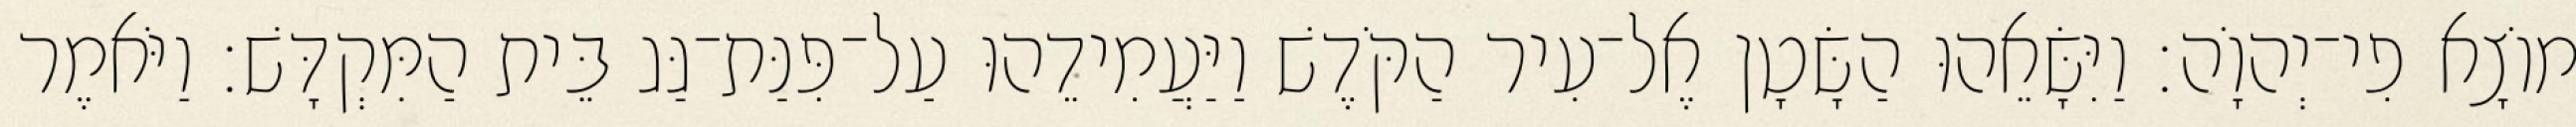
מוֹצָא פִי־יְהוָֹה׃ וַיִּשָּׂאֵהוּ הַשָּׂטָן אֶל־עִיר הַקֹּדֶשׁ וַיַּעֲמִידֵהוּ עַל־פִּנַּת־גַּג בֵּית הַמִּקְדָּשׁ׃ וַיֹּאמֶר